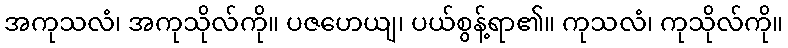
အကုသလံ၊ အကုသိုလ်ကို။ ပဇဟေယျ၊ ပယ်စွန့်ရာ၏။ ကုသလံ၊ ကုသိုလ်ကို။